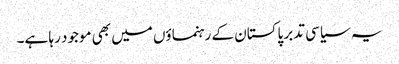
یہ سیاسی تدبر پاکستان کے رہنماؤں میں بھی موجود رہا ہے۔